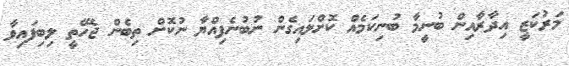
މަރުކަޒީ އިދާރާއިން ބުނީމާ ބުނިކަމެއް ކޮށްލައިގެން ނުބުނެފިއްޔާ ނުކޮށް ތިބެން ޖެހޭތީ ލިބިފައިވާ